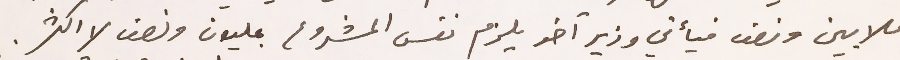
ملايين ونصف فيأتي وزير آخر يلزم نفس المشروع بمليون ونصف لا اكثر.